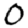
Digit: 0